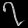
Digit: ၇